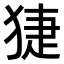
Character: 𤟃